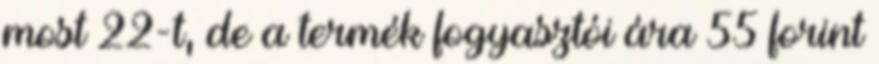
most 22-t, de a termék fogyasztói ára 55 forint